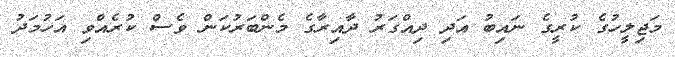
މަޖިލީހުގެ ކުރީގެ ނައިބު އަދި ދިއްގަރު ދާއިރާގެ މެންބަރުކަން ވެސް ކުރެއްވި އަހުމަދު